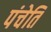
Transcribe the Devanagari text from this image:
पंचेति